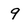
Character: 9